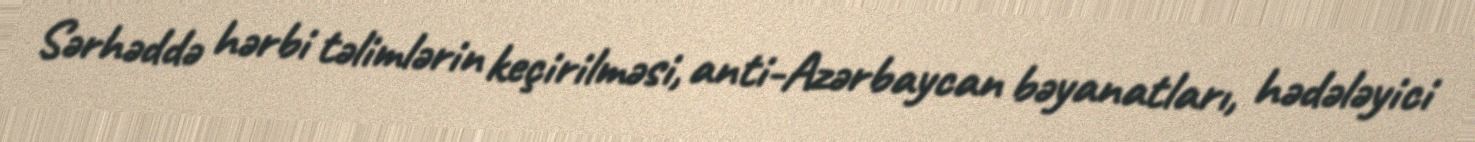
Sərhəddə hərbi təlimlərin keçirilməsi, anti-Azərbaycan bəyanatları, hədələyici